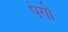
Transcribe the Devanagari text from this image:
पेगो